Investigations into the jail dietaries of the United Provinces with some observations on the influence of dietary on the physical development and well-being of the people of the United Provinces - Number 48
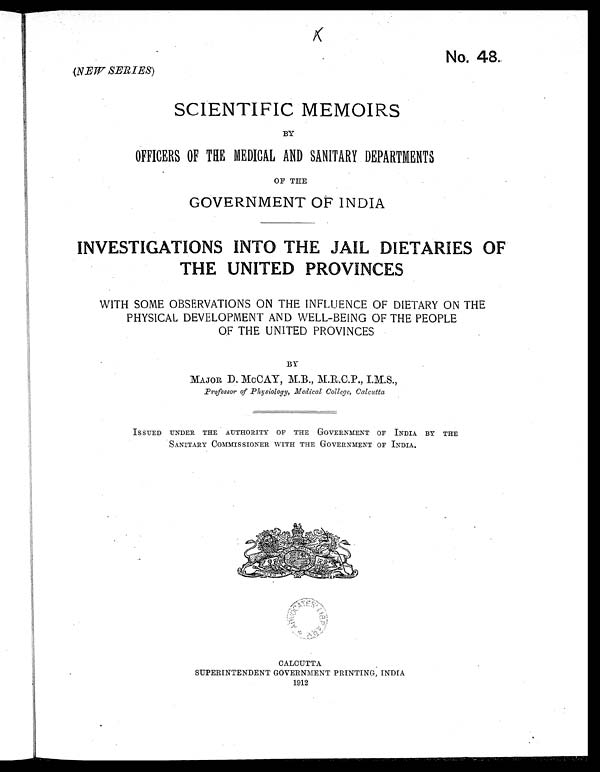
No. 48.
(NEW SERIES)
SCIENTIFIC MEMOIRS
BY
OFFICERS OF THE MEDICAL AND SANITARY DEPARTMENTS
OF THE
GOVERNMENT OF INDIA
INVESTIGATIONS INTO THE JAIL DIETARIES OF
THE UNITED PROVINCES
WITH SOME OBSERVATIONS ON THE INFLUENCE OF DIETARY ON THE
PHYSICAL DEVELOPMENT AND WELL-BEING OF THE PEOPLE
OF THE UNITED PROVINCES
BY
MAJOR D. McCAY, M.B., M.R.C.P., I.M.S.,
Professor of Physiology, Medical College, Calcutta
ISSUED UNDER THE AUTHORITY OF THE GOVERNMENT OF INDIA BY THE
SANITARY COMMISSIONER WITH THE GOVERNMENT OF INDIA,
CALCUTTA
SUPERINTENDENT GOVERNMENT PRINTING, INDIA
1912